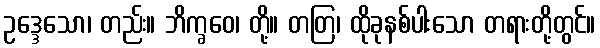
ဥဒ္ဒေသော၊ တည်း။ ဘိက္ခဝေ၊ တို့။ တတြ၊ ထိုခုနစ်ပါးသော တရားတို့တွင်။